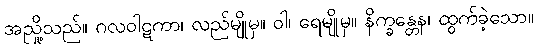
အညှို့သည်။ ဂလဝါဋကာ၊ လည်မျိုမှ။ ဝါ၊ ရေမျိုမှ။ နိက္ခန္တေန၊ ထွက်ခဲ့သော။